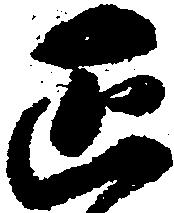
正